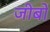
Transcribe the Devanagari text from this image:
जीबो